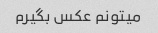
میتونم عکس بگیرم